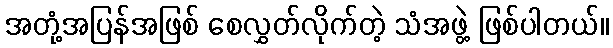
အတုံ့အပြန်အဖြစ် စေလွှတ်လိုက်တဲ့ သံအဖွဲ့ ဖြစ်ပါတယ်။